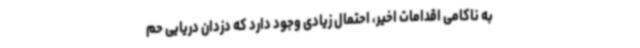
به ناکامی اقدامات اخیر، احتمال زیادی وجود دارد که دزدان دریایی حم